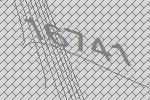
16741